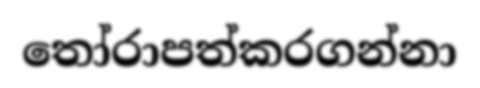
තෝරාපත්කරගන්නා